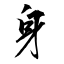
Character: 身